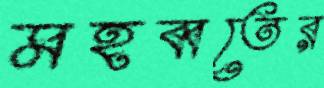
মহব্বতের